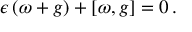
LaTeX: \epsilon \, ( \omega + g ) + [ \omega , g ] = 0 \, .